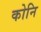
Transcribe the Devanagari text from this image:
कोनि